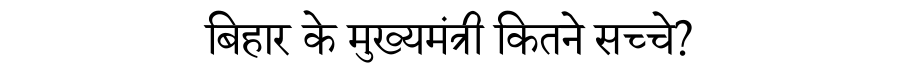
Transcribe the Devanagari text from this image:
बिहार के मुख्यमंत्री कितने सच्चे?